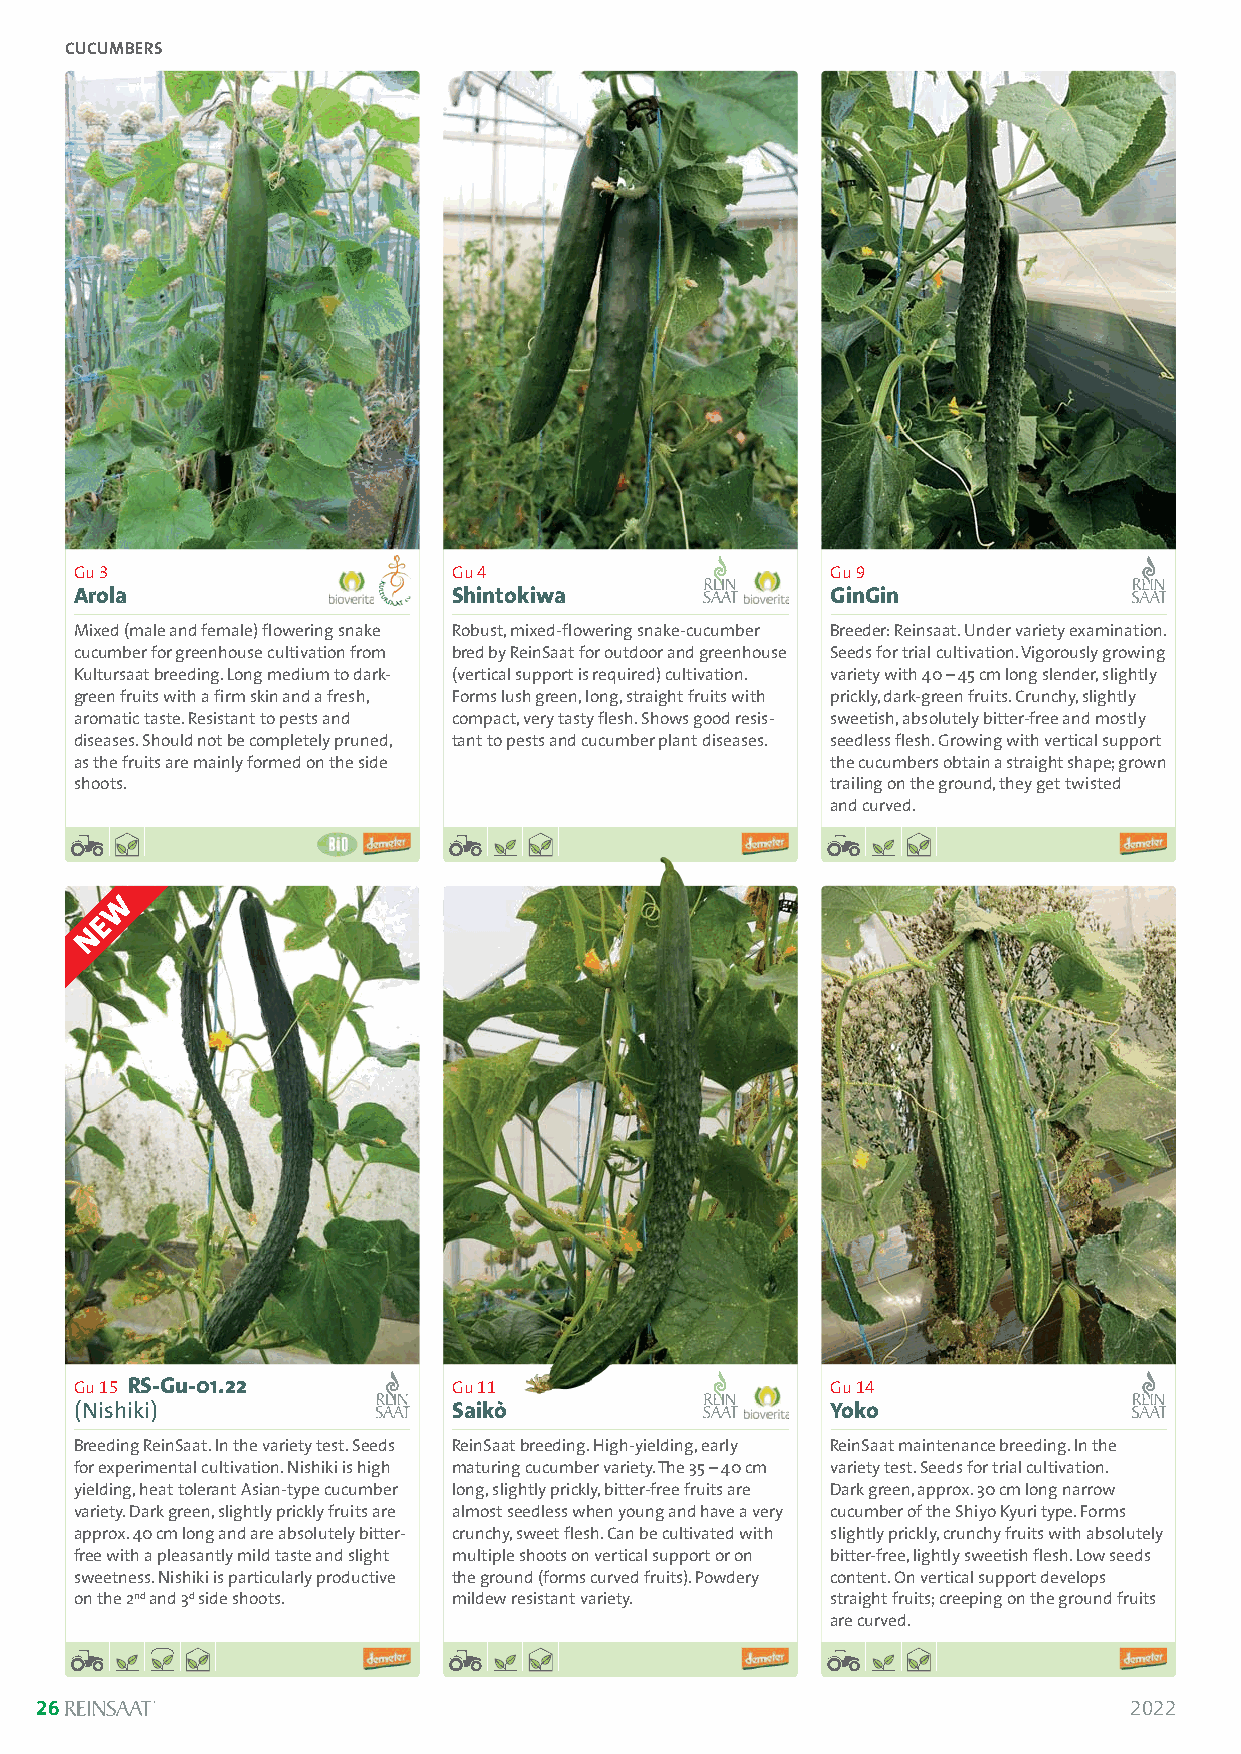
CUCUMBERS
 Gu 3                     Gu 4                     Gu 9
 Arola                    Shintokiwa               GinGin
 Mixed (male and female) flowering snake Robust, mixed-flowering snake-cucumber Breeder: Reinsaat. Under variety examination.
 cucumber for greenhouse cultivation from bred by ReinSaat for outdoor and greenhouse Seeds for trial cultivation. Vigorously growing
 Kultursaat breeding. Long medium to dark- (vertical support is required) cultivation. variety with 40 –45 cm long slender, slightly
 green fruits with a firm skin and a fresh, Forms lush green, long, straight fruits with prickly, dark-green fruits. Crunchy, slightly
 aromatic taste. Resistant to pests and compact, very tasty flesh. Shows good resis- sweetish, absolutely bitter-free and mostly
 diseases. Should not be completely pruned, tant to pests and cucumber plant diseases. seedless flesh. Growing with vertical support
 as the fruits are mainly formed on the side       the cucumbers obtain a straight shape; grown
 shoots.                                           trailing on the ground, they get twisted
 and curved.
 Gu 15 RS-Gu-01.22        Gu 11                    Gu 14
 (Nishiki)                Saikò                    Yoko
 Breeding ReinSaat. In the variety test. Seeds ReinSaat breeding. High-yielding, early ReinSaat maintenance breeding. In the
 for experimental cultivation. Nishiki is high maturing cucumber variety. The 35 –40 cm variety test. Seeds for trial cultivation.
 yielding, heat tolerant Asian-type cucumber long, slightly prickly, bitter-free fruits are Dark green, approx. 30 cm long narrow
 variety. Dark green, slightly prickly fruits are almost seedless when young and have a very cucumber of the Shiyo Kyuri type. Forms
 approx. 40 cm long and are absolutely bitter- crunchy, sweet flesh. Can be cultivated with slightly prickly, crunchy fruits with absolutely
 free with a pleasantly mild taste and slight multiple shoots on vertical support or on bitter-free, lightly sweetish flesh. Low seeds
 sweetness. Nishiki is particularly productive the ground (forms curved fruits). Powdery content. On vertical support develops
 on the 2ndand 3dside shoots. mildew resistant variety. straight fruits; creeping on the ground fruits
 are curved.
 26                                                                       2022